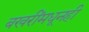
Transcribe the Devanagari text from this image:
बखरींमधूनही